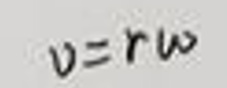
$v = r \omega$